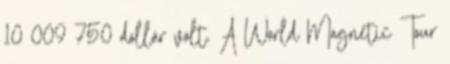
10 009 750 dollár volt. A World Magnetic Tour